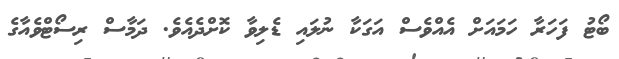
ބޯޓު ފަހަރާ ހަމައަށް އެއްވެސް އަގަކާ ނުލައި ޑެލިވާ ކޮށްދެއެވެ. ދަމާސް ރިސޯޓްވެއާގެ